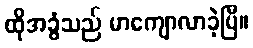
ထိုအခွံသည် မာကျောလာခဲ့ပြီ။